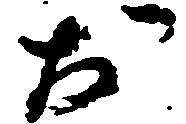
お